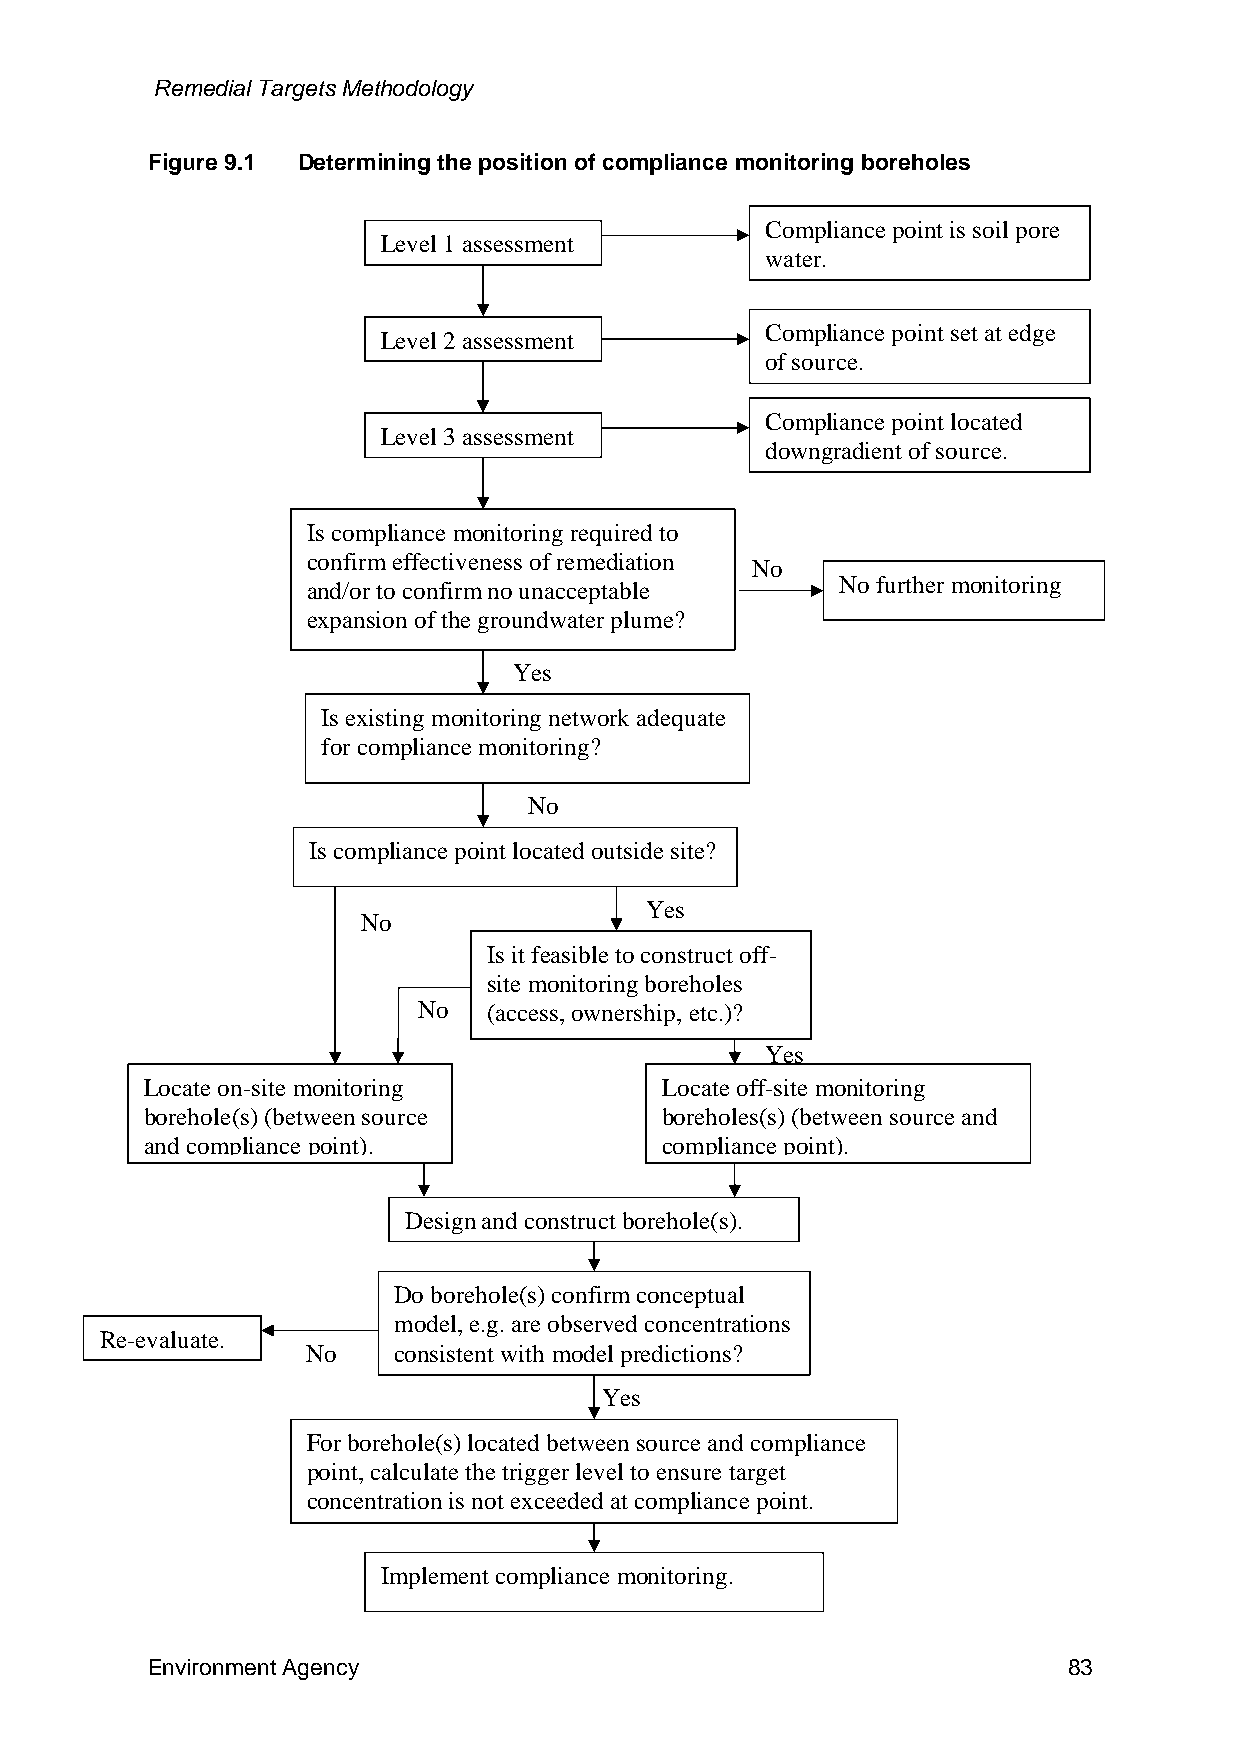
Remedial Targets Methodology
 Figure 9.1 Determining the position of compliance monitoring boreholes
 Compliance point is soil pore
 Level 1 assessment
 water.
 Compliance point set at edge
 Level 2 assessment
 of source.
 Compliance point located
 Level 3 assessment
 downgradient of source.
 Is compliance monitoring required to
 confirm effectiveness of remediation
 No
 No further monitoring
 and/or to confirm no unacceptable
 expansion of the groundwater plume?
 Yes
 Is existing monitoring network adequate
 for compliance monitoring?
 No
 Is compliance point located outside site?
 Yes
 No
 Is it feasible to construct off-
 site monitoring boreholes
 No  (access, ownership, etc.)?
 Yes
 Locate on-site monitoring         Locate off-site monitoring
 borehole(s) (between source       boreholes(s) (between source and
 and compliance point).            compliance point).
 Design and construct borehole(s).
 Do borehole(s) confirm conceptual
 model, e.g. are observed concentrations
 Re-evaluate.
 No    consistent with model predictions?
 Yes
 For borehole(s) located between source and compliance
 point, calculate the trigger level to ensure target
 concentration is not exceeded at compliance point.
 Implement compliance monitoring.
 Environment Agency                                           83